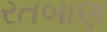
રતબાણ